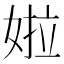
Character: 𡝰